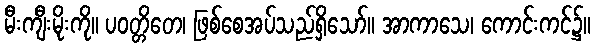
မီးကျီးမိုးကို။ ပဝတ္တိတေ၊ ဖြစ်စေအပ်သည်ရှိသော်။ အာကာသေ၊ ကောင်းကင်၌။